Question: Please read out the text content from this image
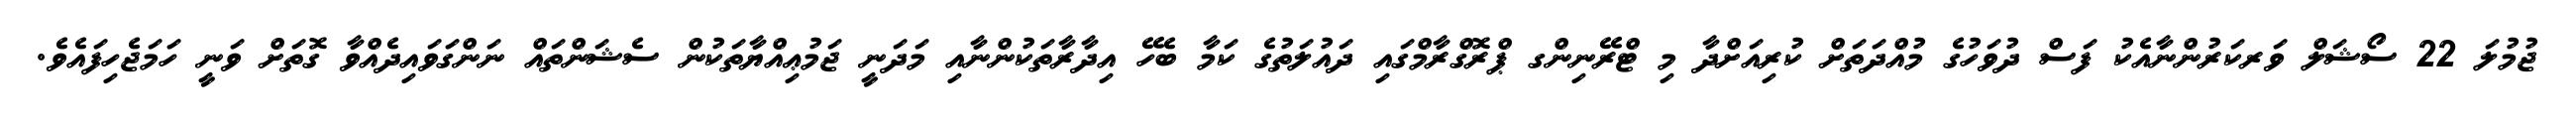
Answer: ޖުމުލަ 22 ސޯޝަލް ވަރކަރުންނާއެކު ފަސް ދުވަހުގެ މުއްދަތަށް ކުރިއަށްދާ މި ޓްރޭނިންގ ޕްރޮގްރާމްގައި ދައުލަތުގެ ކަމާ ބެހޭ އިދާރާތަކުންނާއި މަދަނީ ޖަމުޢިއްޔާތަކުން ސެޝަންތައް ނަންގަވައިދެއްވާ ގޮތަށް ވަނީ ހަމަޖެހިފައެވެ.